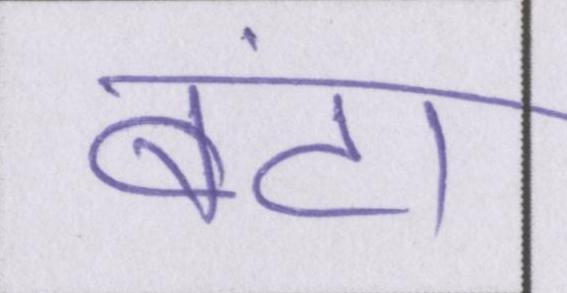
बंटा